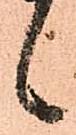
言